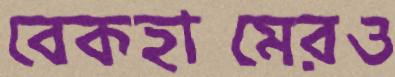
বেকহামেরও